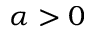
\alpha > 0